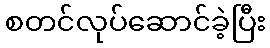
စတင်လုပ်ဆောင်ခဲ့ပြီး